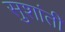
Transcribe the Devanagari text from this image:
सुशांती